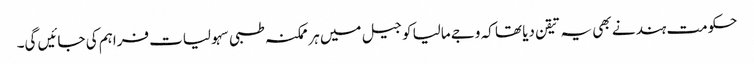
حکومت ہند نے بھی یہ تیقن دیا تھا کہ وجے مالیا کو جیل میں ہر ممکنہ طبی سہولیات فراہم کی جائیں گی۔